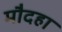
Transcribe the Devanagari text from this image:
मौदहा